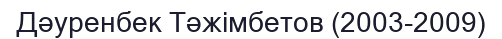
Дәуренбек Тәжімбетов (2003-2009)